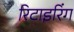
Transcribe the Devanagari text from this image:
रिटाइरिंग